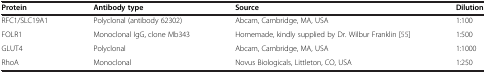
<table><thead><tr><td><b>Protein</b></td><td><b>Antibody type</b></td><td><b>Source</b></td><td><b>Dilution</b></td></tr></thead><tbody><tr><td>RFC1/SLC19A1</td><td>Polyclonal (antibody 62302)</td><td>Abcam, Cambridge, MA, USA</td><td>1:100</td></tr><tr><td>FOLR1</td><td>Monoclonal IgG, clone Mb343</td><td>Homemade, kindly supplied by Dr. Wilbur Franklin [55]</td><td>1:500</td></tr><tr><td>GLUT4</td><td>Polyclonal</td><td>Abcam, Cambridge, MA, USA</td><td>1:1000</td></tr><tr><td>RhoA</td><td>Monoclonal</td><td>Novus Biologicals, Littleton, CO, USA</td><td>1:250</td></tr></tbody></table>